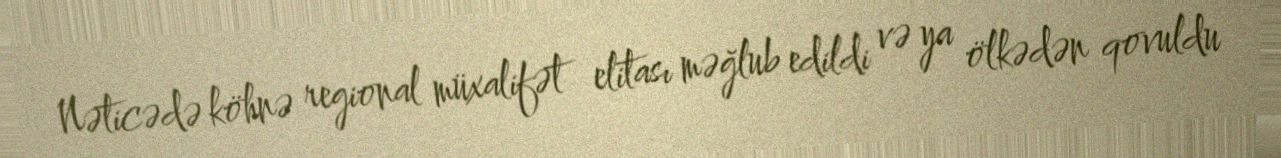
Nəticədə köhnə regional müxalifət elitası məğlub edildi və ya ölkədən qovuldu